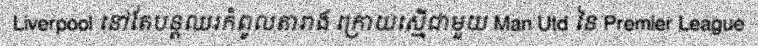
Liverpool នៅតែបន្តឈរកំពូលតារាង ក្រោយស្មើជាមួយ Man Utd នៃ Premier League